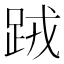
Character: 𨀻